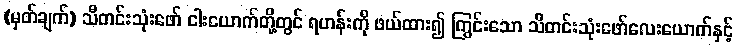
(မှတ်ချက်) သီတင်းသုံးဖော် ငါးယောက်တို့တွင် ရဟန်းကို ဖယ်ထား၍ ကြွင်းသော သီတင်းသုံးဖော်လေးယောက်နှင့်